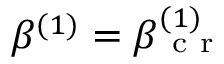
\beta ^ { ( 1 ) } = \beta _ { \mathrm { ~ c ~ r ~ } } ^ { ( 1 ) }